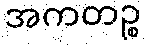
အကတဉ္စ